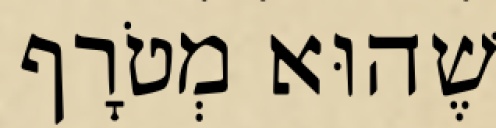
שֶׁהוּא מְטֹרָף